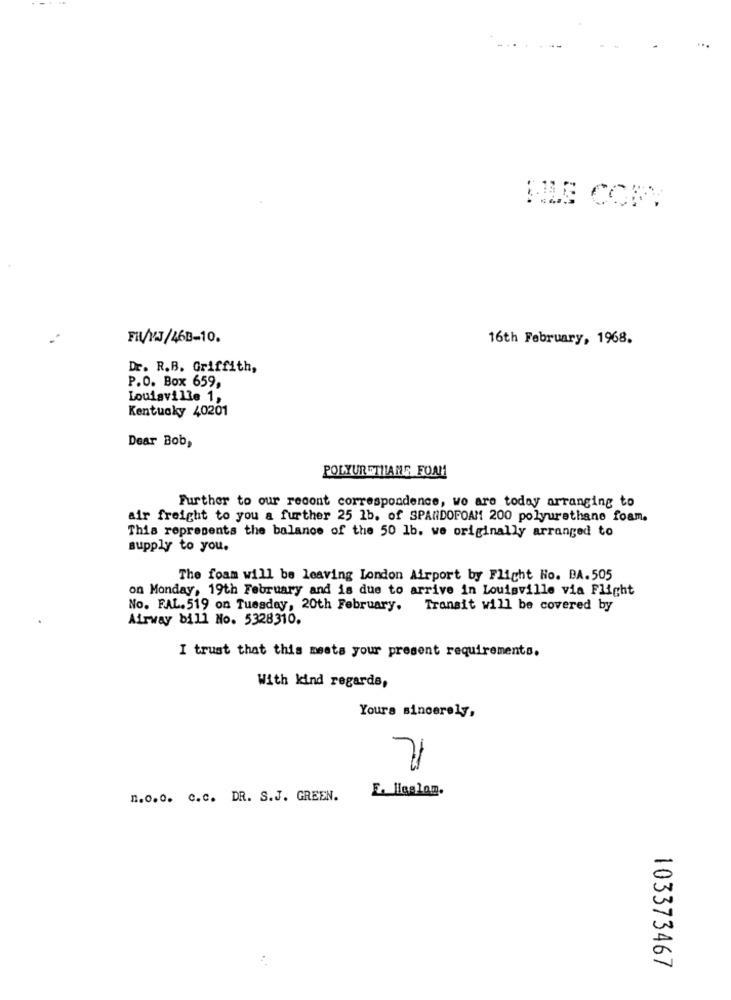
FIL/VJ/46B-10.
16th February, 1968.
Dr. R.B. Griffith,
P.O. Box 659,
Louisville 1,
Kentucky 40201
Dear Bob,
POLYURETHANE FOAM
Further to our recent correspondence, wo are today arranging to
air freight to you a further 25 1b. of SPANDOPOAM 200 polyurethane foam.
This represents the balance of the 50 1b. we originally arranged to
supply to you.
The foam will be leaving London Airport by Flight Ho. BA.505
on Monday, 19th February and is due to arrive in Louisville via Flight
No. FAL. 519 on Tuesday, 20th February. Transit will be covered by
Airway bill No. 5328310.
I trust that this meets your present requirements.
With kind regards,
Yours sincerely,
E. ligalom.
n.o.o. c.c. DR. S.J. GREEN.
103373467